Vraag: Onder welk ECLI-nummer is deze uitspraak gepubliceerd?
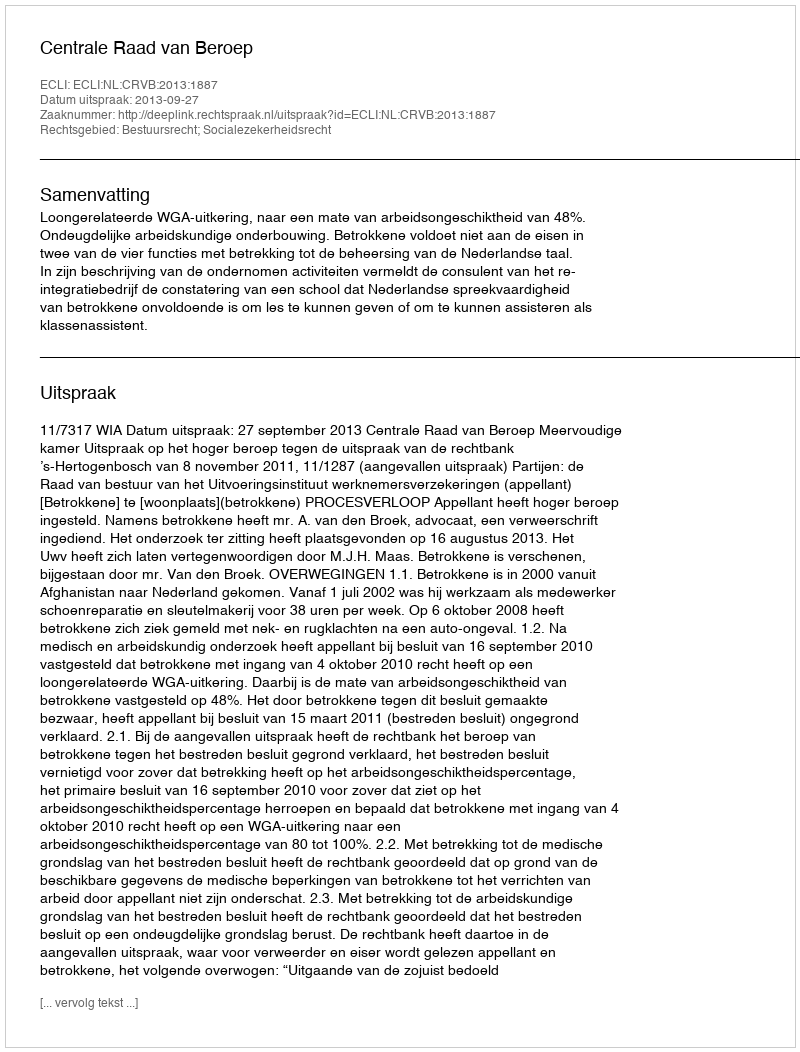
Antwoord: ECLI:NL:CRVB:2013:1887